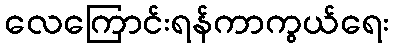
လေကြောင်းရန်ကာကွယ်ရေး